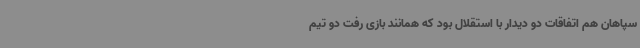
سپاهان هم اتفاقات دو دیدار با استقلال بود که همانند بازی رفت دو تیم